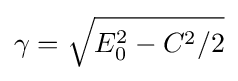
\gamma ={\sqrt {E_{0}^{2}-C^{2}/2}}